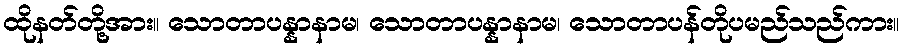
ထိုနတ်တို့အား။ သောတာပန္နာနာမ၊ သောတာပန္နာနာမ၊ သောတာပန်တိုပမည်သည်ကား။